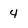
Character: 4